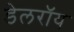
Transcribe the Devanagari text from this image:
डेलराॅय